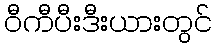
ဝီကီပီးဒီးယားတွင်